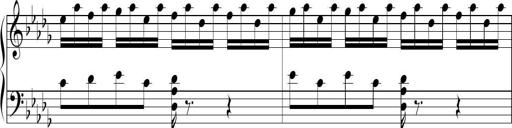
Title: Ten Piano Sonatinas
Composer: Andreas Sain